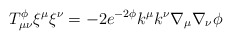
\begin{align*}T_{\mu\nu}^{\phi}{\xi}^{\mu}{\xi}^{\nu} = -2 e^{-2\phi} k^{\mu}k^{\nu}\nabla_{\mu}\nabla_{\nu}\phi\end{align*}